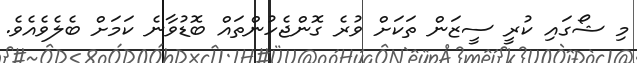
މި ޝޯގައި ކުރީ ސީޒަން ތަކަށް ވުރެ ގޮންޖެހުންތައް ބޮޑުވާނެ ކަމަށް ބެލެވެއެވެ.